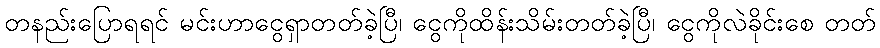
တနည်းပြောရရင် မင်းဟာငွေရှာတတ်ခဲ့ပြီ၊ ငွေကိုထိန်းသိမ်းတတ်ခဲ့ပြီ၊ ငွေကိုလဲခိုင်းစေ တတ်